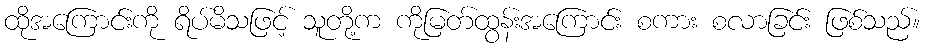
ထိုအကြောင်းကို ရိပ်မိသဖြင့် သူတို့က ကိုမြတ်ထွန်းအကြောင်း စကား စလာခြင်း ဖြစ်သည်။